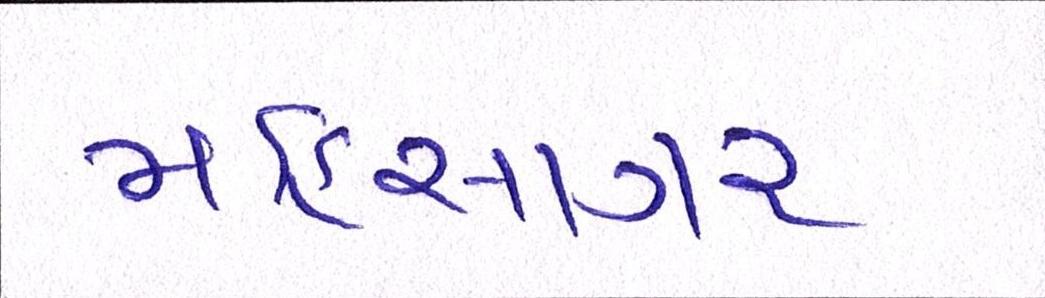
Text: મહિસાગર